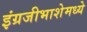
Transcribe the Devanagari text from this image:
इंग्रजीभाशेमध्ये